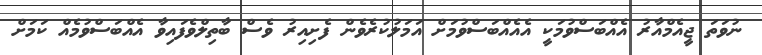
ނުވަތަ ޖީއެމްއާރު އެއްބަސްވުމަކީ އެއެއްބަސްވުމަށް އަމަލުކުރެވެން ފެށިއިރު ވެސް ބާތިލްވެފައިވާ އެއްބަސްވުމެއް ކަމަށް